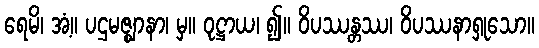
ရေမိ၊ အံ့။ ပဌမဇ္ဈာနာ၊ မှ။ ဝုဋ္ဌာယ၊ ၍။ ဝိပဿန္တဿ၊ ဝိပဿနာရှုသော။